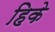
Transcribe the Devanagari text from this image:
हिके